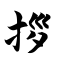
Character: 拶